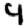
Digit: 9